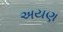
અયણ